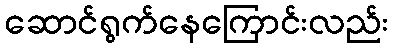
ဆောင်ရွက်နေကြောင်းလည်း